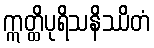
ဣတ္ထိပုရိသနိဿိတံ